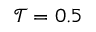
\mathcal { T } = 0 . 5